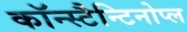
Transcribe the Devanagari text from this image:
कॉन्स्टैन्टिनोप्ल